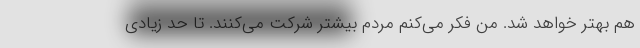
هم بهتر خواهد شد. من فکر می‌کنم مردم بیشتر شرکت می‌کنند. تا حد زیادی